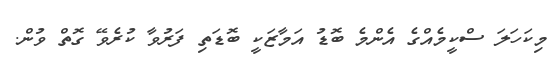
މިކަހަލަ ސްކީމެއްގެ އެންމެ ބޮޑު އަމާޒަކީ ބޮޑަތި ފަރުވާ ކުރެވޭ ގޮތް ވުން.